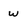
Character: w